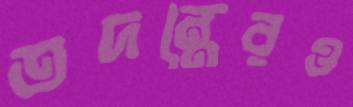
তদন্তেরও